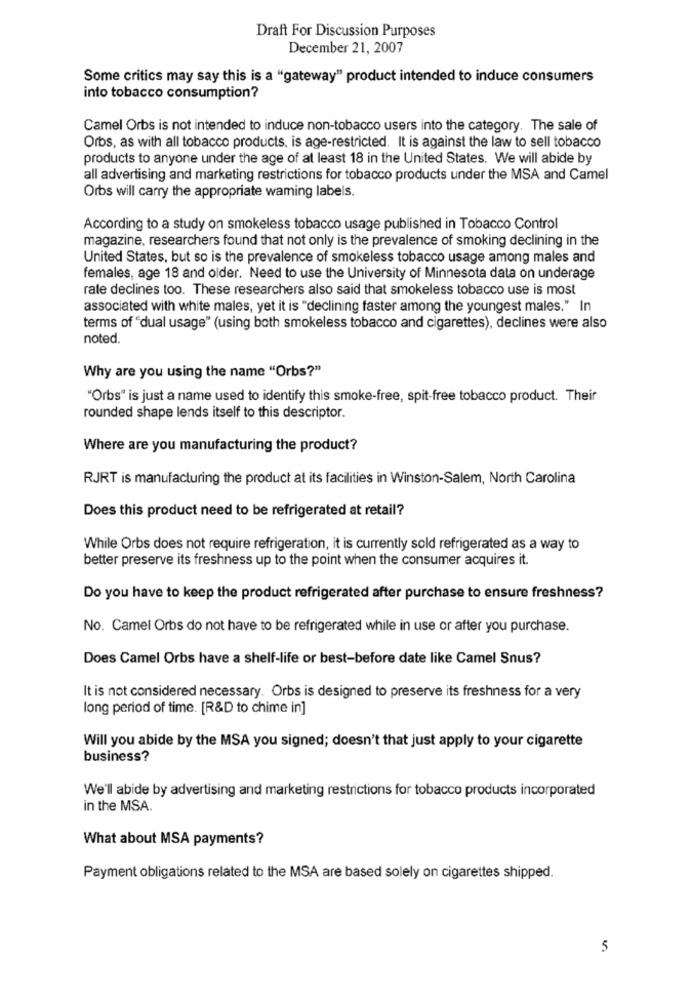
Draft For Discussion Purposes
December 21, 2007
Some critics may say this is a "gateway" product intended to induce consumers
into tobacco consumption?
Camel Orbs is not intended to induce non-tobacco users into the category. The sale of
Orbs, as with all tobacco products, is age-restricted. It is against the law to sell tobacco
products to anyone under the age of at least 18 in the United States. We will abide by
all advertising and marketing restrictions for tobacco products under the MSA and Camel
Orbs will carry the appropriate waming labels.
According to a study on smokeless tobacco usage published in Tobacco Control
magazine, researchers found that not only is the prevalence of smoking declining in the
United States, but so is the prevalence of smokeless tobacco usage among males and
females, age 18 and older. Need to use the University of Minnesota data on underage
rate declines too. These researchers also said that smokeless tobacco use is most
associated with white males, yet it is "declining faster among the youngest males." In
terms of "dual usage" (using both smokeless tobacco and cigarettes), declines were also
noted.
Why are you using the name "Orbs?"
"Orbs" is just a name used to identify this smoke-free, spit-free tobacco product. Their
rounded shape lends itself to this descriptor.
Where are you manufacturing the product?
RJRT is manufacturing the product at its facilities in Winston-Salem, North Carolina
Does this product need to be refrigerated at retail?
While Orbs does not require refrigeration, it is currently sold refrigerated as a way to
better preserve its freshness up to the point when the consumer acquires it.
Do you have to keep the product refrigerated after purchase to ensure freshness?
No. Camel Orbs do not have to be refrigerated while in use or after you purchase.
Does Camel Orbs have a shelf-life or best-before date like Camel Snus?
It is not considered necessary. Orbs is designed to preserve its freshness for a very
long period of time. [R&D to chime in]
Will you abide by the MSA you signed; doesn't that just apply to your cigarette
business?
We'll abide by advertising and marketing restrictions for tobacco products incorporated
in the MSA.
What about MSA payments?
Payment obligations related to the MSA are based solely on cigarettes shipped.
5